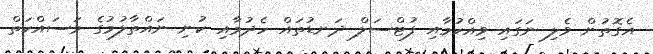
އެގޮތުން ވެލި ނަގައި ވިއްކުމާއި ފުޓްސަލް ދަނޑުތައް ހެދުމާއި ކުނި ނައްތާލުމުގެ މަސައްކަތް